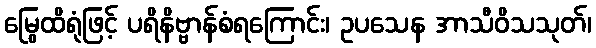
မြွေထိရုံဖြင့် ပရိနိဗ္ဗာန်စံရကြောင်း၊ ဥပသေန အာသီဝိသသုတ်၊